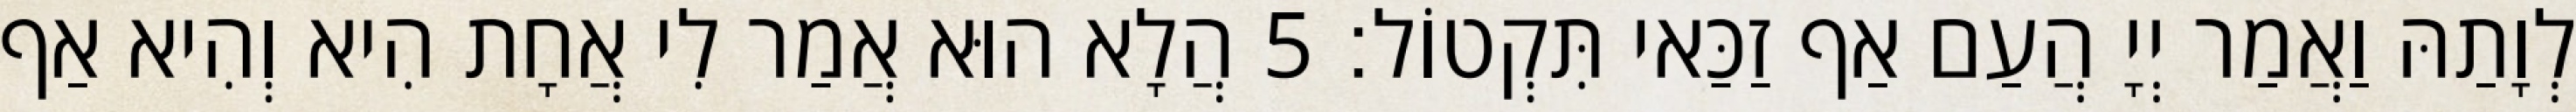
לְוָתַהּ וַאֲמַר יְיָ הֲעַם אַף זַכַּאי תִּקְטוֹל׃ 5 הֲלָא הוּא אֲמַר לִי אֲחָת הִיא וְהִיא אַף